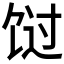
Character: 𬲸